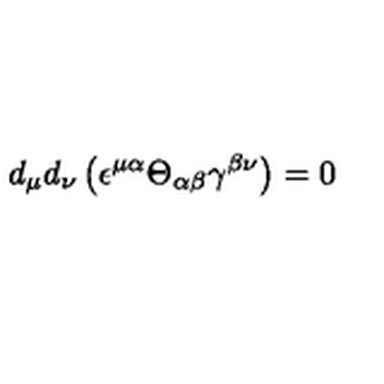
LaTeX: d _ { \mu } d _ { \nu } \left( \epsilon ^ { \mu \alpha } \Theta _ { \alpha \beta } \gamma ^ { \beta \nu } \right) = 0